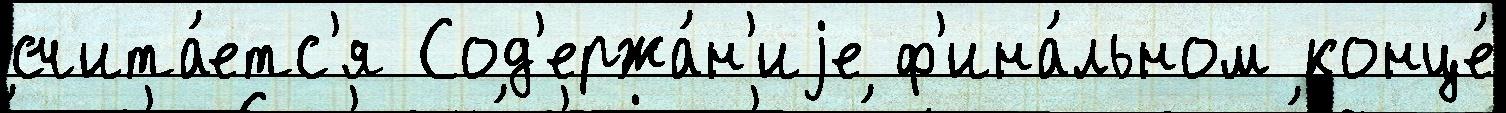
счита́етс'я Сод'ержа́н'иjе ф'ина́льном конце́